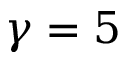
\gamma = 5